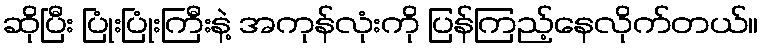
ဆိုပြီး ပြုံးပြုံးကြီးနဲ့ အကုန်လုံးကို ပြန်ကြည့်နေလိုက်တယ်။